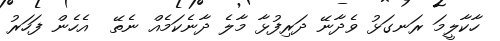
ހާކާލީމަ ރަނގަޅު ވެދާނޭ ދަރިފުޅާ މާލެ ދާނެކަމެއް ނެތޭ  އެހެން ފަހަރު